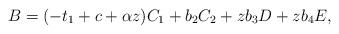
LaTeX: \begin{align*}B = ( -t_{1}+ c + \alpha z ) C_{1} + b_{2} C_{2} + zb_{3} D + zb_{4} E,\end{align*}